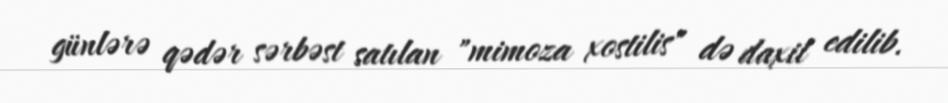
günlərə qədər sərbəst satılan "mimoza xostilis" də daxil edilib.